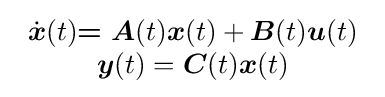
{\begin{array}{c}{\dot {\boldsymbol {x}}}(t){\boldsymbol {=A}}(t){\boldsymbol {x}}(t)+{\boldsymbol {B}}(t){\boldsymbol {u}}(t)\\{\boldsymbol {y}}(t)={\boldsymbol {C}}(t){\boldsymbol {x}}(t)\end{array}}